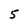
Character: 5